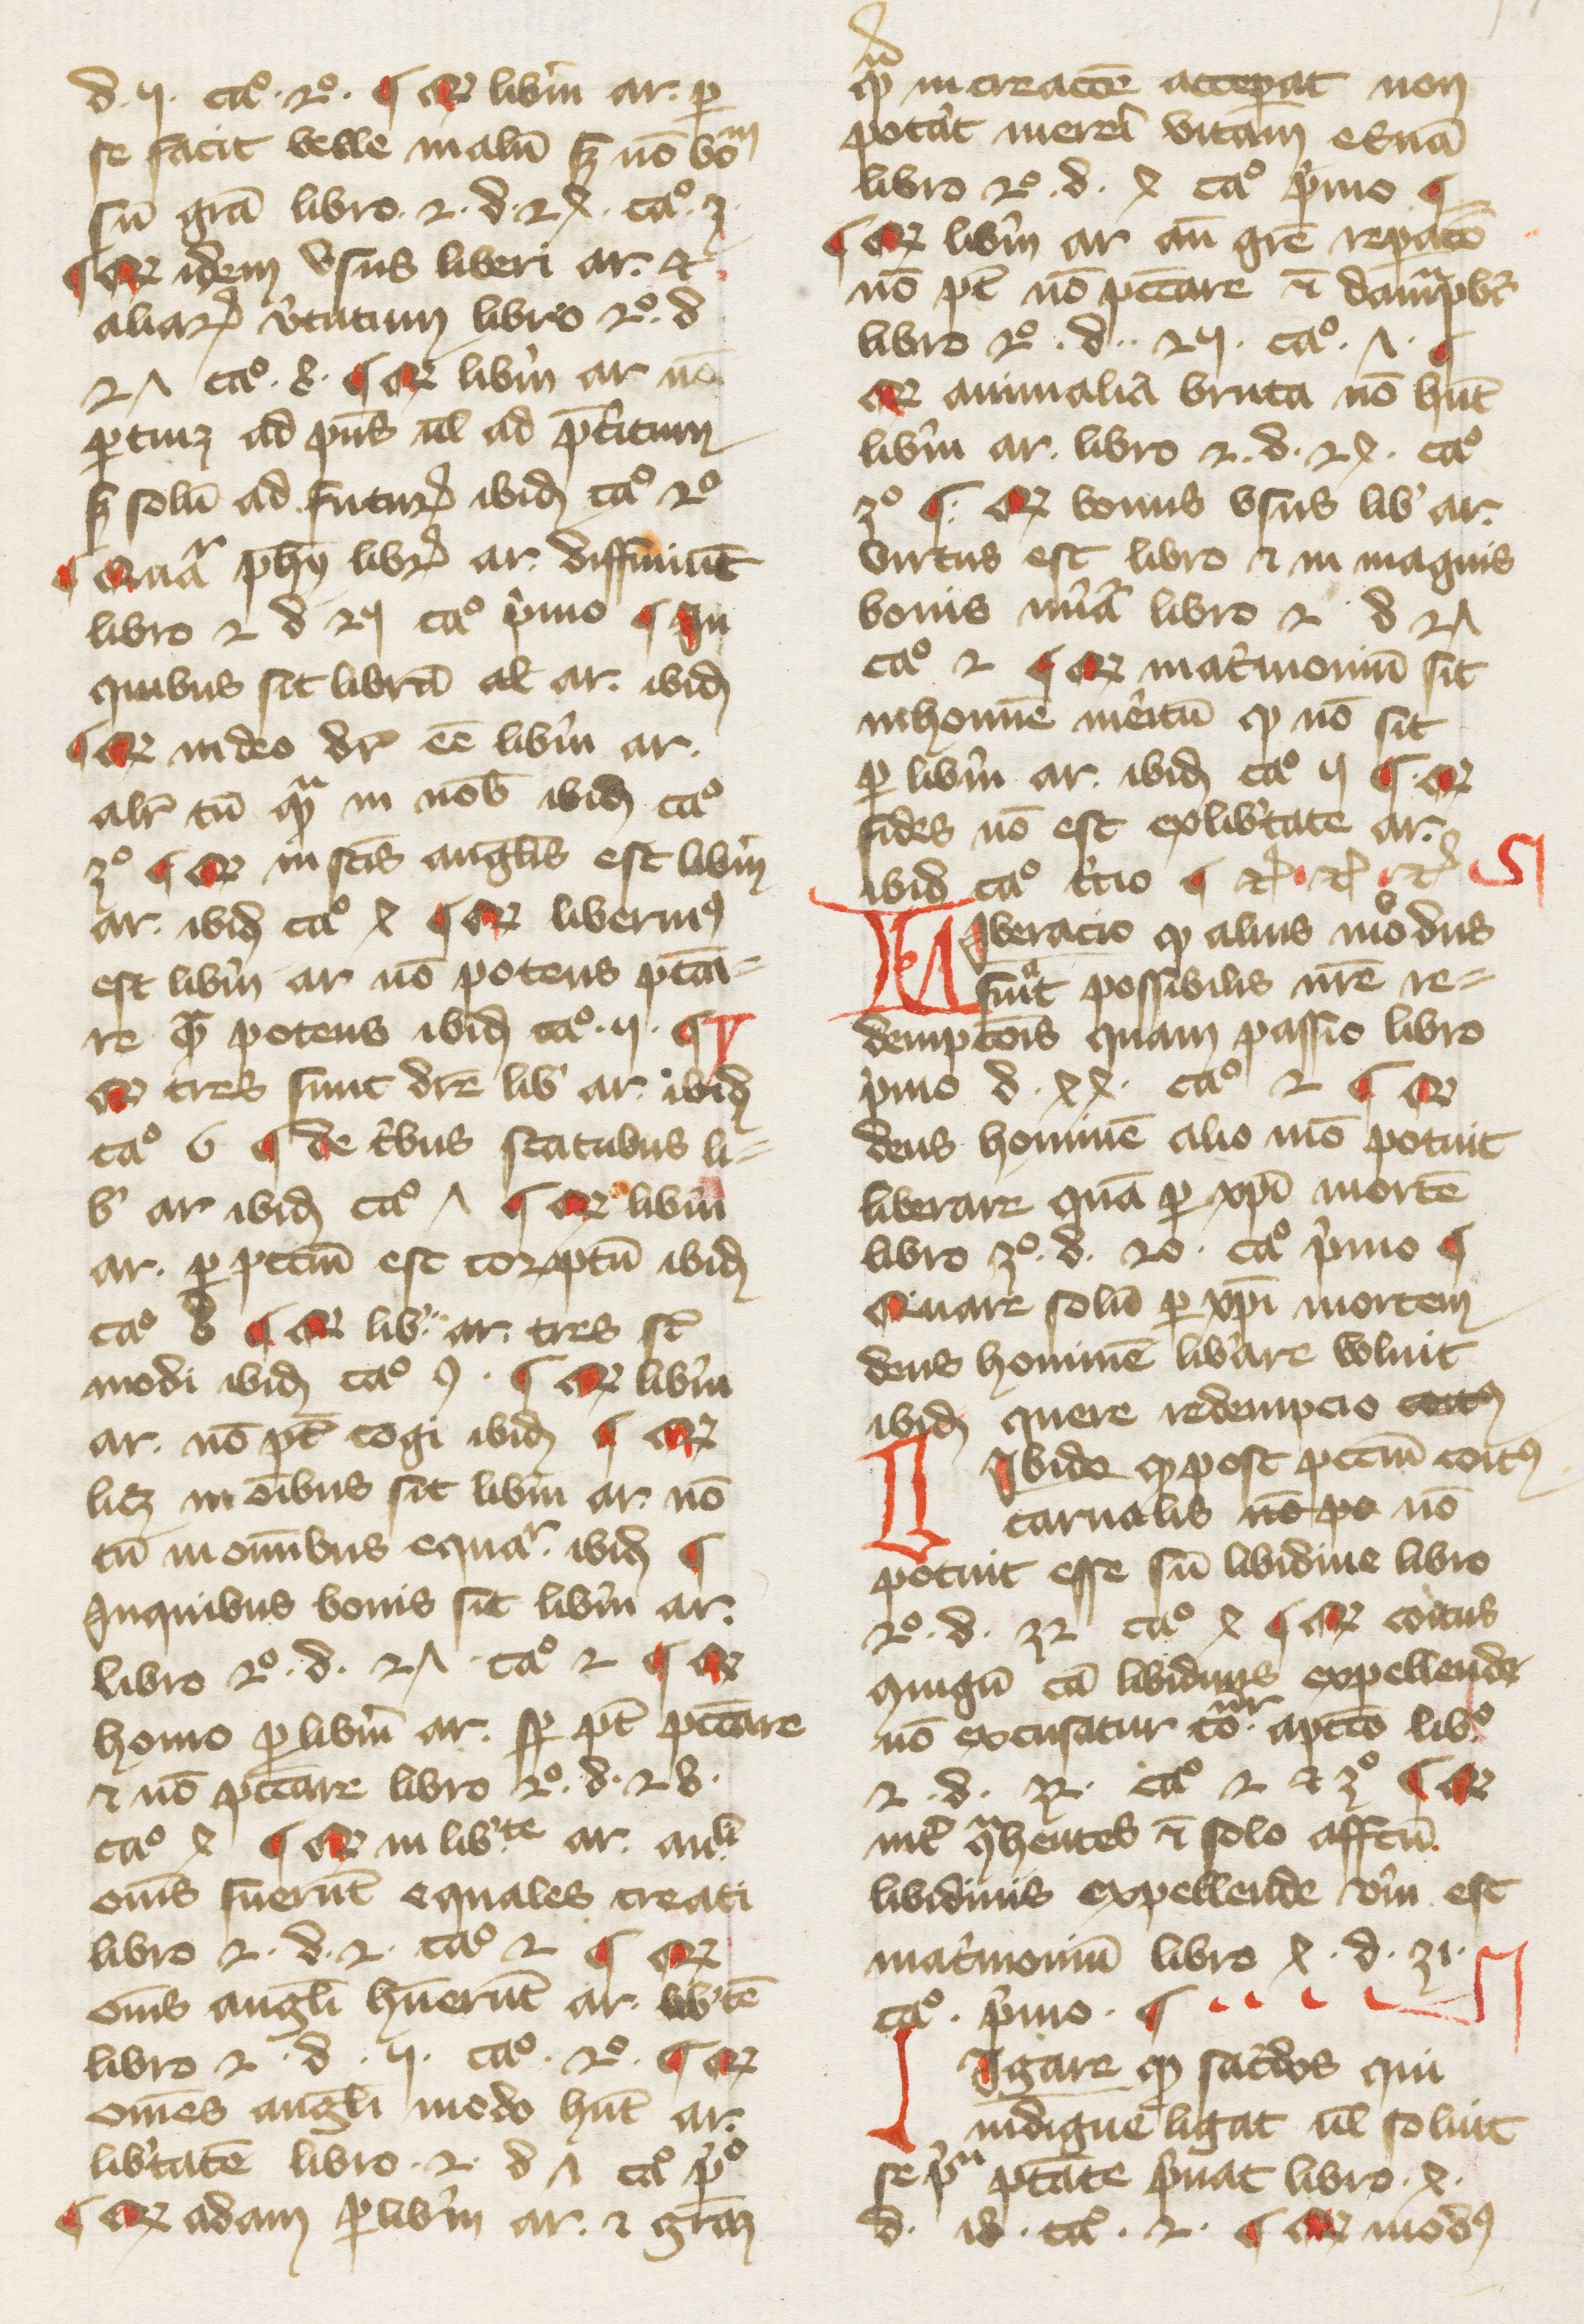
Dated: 1374–1374